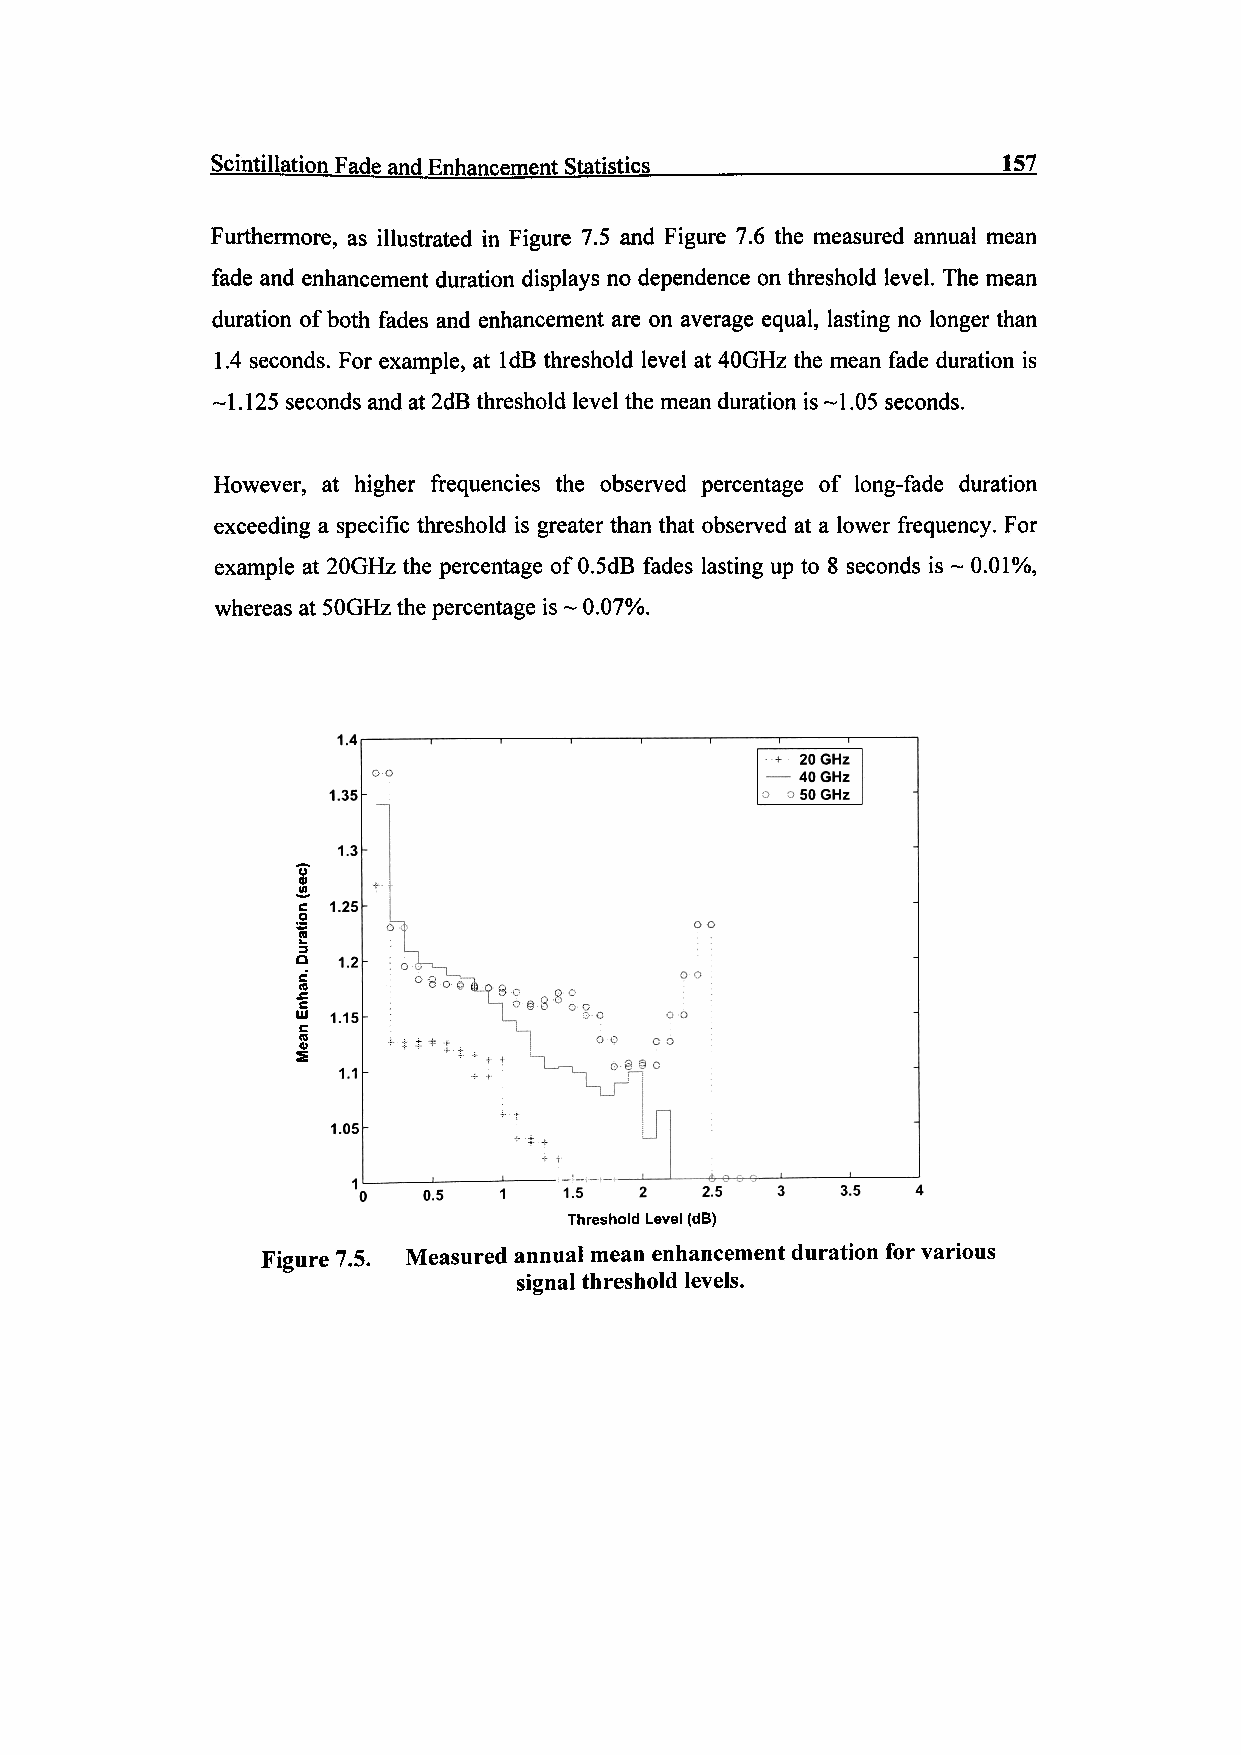
Scintillation Fade and Enhancement Statistics^      157
 Furthermore, as illustrated in Figure 7.5 and Figure 7.6 the measured annual mean
 fade and enhancement duration displays no dependence on threshold level. The mean
 duration of both fades and enhancement are on average equal, lasting no longer than
 1.4 seconds. For example, at IdB threshold level at 40GHz the mean fade duration is
 -1.125 seconds and at 2dB threshold level the mean duration is ~1.05 seconds.
 However, at higher frequencies the observed percentage of long-fade duration
 exceeding a specific threshold is greater than that observed at a lower frequency. For
 example at 20GHz the percentage of 0.5dB fades lasting up to 8 seconds is ~ 0.01%,
 whereas at 50GHz the percentage is ~ 0.07%.
 1.5  2   2.5       3.5
 Threshold Level (dB)
 Figure 7.5. Measured annual mean enhancement duration for various
 signal threshold levels.